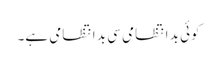
کوئی بد انتظامی سی بد انتظامی ہے۔